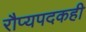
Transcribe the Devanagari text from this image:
रौप्यपदकही